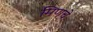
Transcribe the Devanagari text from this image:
मिणचे